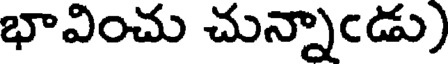
భావించు చున్నాఁడు)